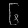
Digit: ၆